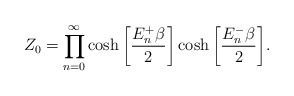
\begin{align*}Z_0 = \prod^{\infty}_{n=0} \cosh \bigg[\frac{E^+_n\beta}{2}\bigg] \cosh \bigg[\frac{E^-_n \beta}{2} \bigg]. \end{align*}